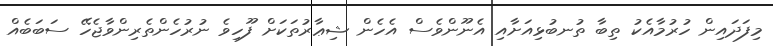
މިފަދައިން ހުރުމާއެކު ތިބާ ތުނބުޅިއަށާއި އެނޫންވެސް އެހެން ޝިޢާރުތަކަށް ފޫހިވެ ނުރުހެންތެރިންވާޖެހޭ ސަބަބެއް